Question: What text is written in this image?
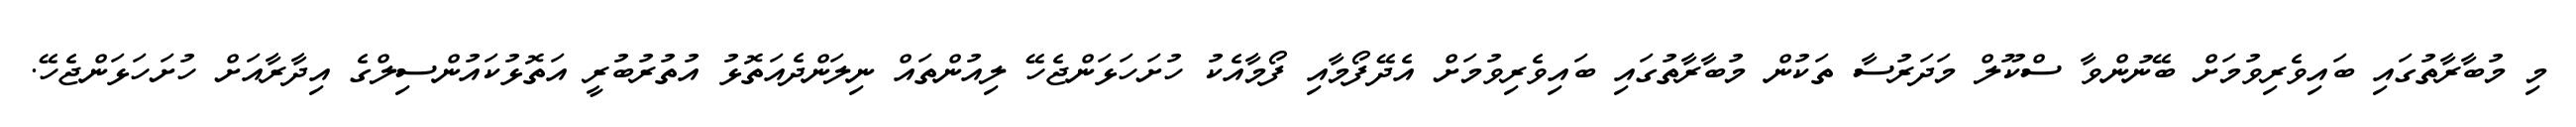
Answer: މި މުބާރާތުގައި ބައިވެރިވުމަށް ބޭނުންވާ ސްކޫލް މަދަރުސާ ތަކުން މުބާރާތުގައި ބައިވެރިވުމަށް އެދޭފޯމާއި ފޯމާއެކު ހުށަހަޅަންޖެހޭ ލިއުންތައް ނިލަންދެއަތޮޅު އުތުރުބުރީ އަތޮޅުކައުންސިލްގެ އިދާރާއަށް ހުށަހަޅަންޖެހޭ.